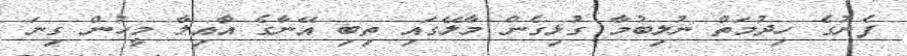
ފެނުގެ ހިދުމަތް ނުލިބުމާ ގުޅިގެން މާލޭގައި ތިބި އޭނާގެ އާއިލާ މީހުން ގިނަ